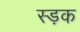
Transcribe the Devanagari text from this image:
स्ड़क